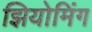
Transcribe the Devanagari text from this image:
झियोमिंग